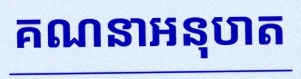
គណនាអនុបាត